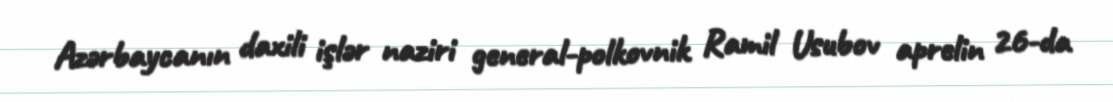
Azərbaycanın daxili işlər naziri general-polkovnik Ramil Usubov aprelin 26-da